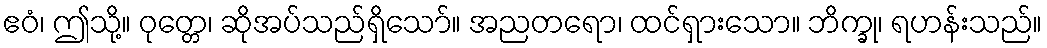
ဧဝံ၊ ဤသို့။ ဝုတ္တေ၊ ဆိုအပ်သည်ရှိသော်။ အညတရော၊ ထင်ရှားသော။ ဘိက္ခု၊ ရဟန်းသည်။